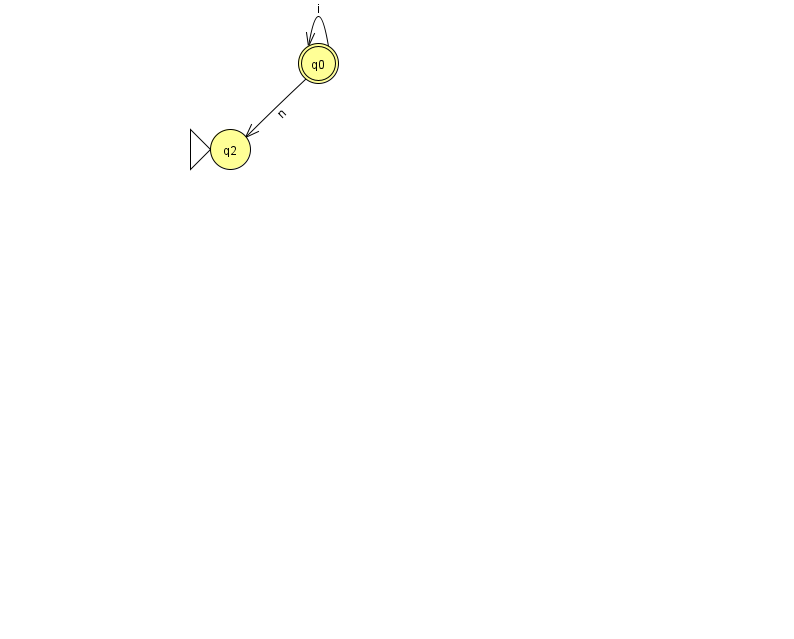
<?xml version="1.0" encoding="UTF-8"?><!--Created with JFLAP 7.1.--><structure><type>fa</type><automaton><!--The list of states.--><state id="0" name="q0"><x>318.0</x><y>50.0</y><final/></state><state id="2" name="q2"><x>230.0</x><y>136.0</y><initial/></state><!--The list of transitions.--><transition><from>0</from><to>0</to><read>i</read></transition><transition><from>0</from><to>2</to><read>n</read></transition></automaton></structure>